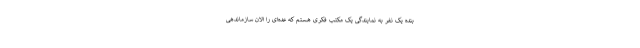
بنده یک نفر به نمایندگی یک مکتب فکری هستم که عده‌ای را الان سازماندهی